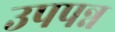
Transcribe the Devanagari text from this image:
उपपन्न